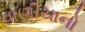
વાણીયાનો